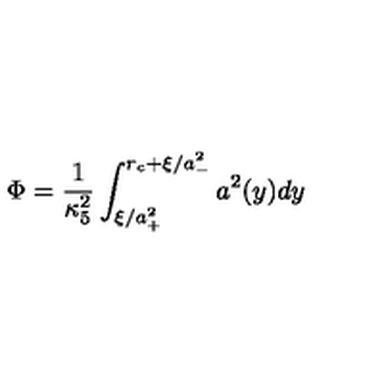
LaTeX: \Phi = \frac { 1 } { \kappa _ { 5 } ^ { 2 } } \int _ { \xi / a _ { + } ^ { 2 } } ^ { r _ { c } + \xi / a _ { - } ^ { 2 } } a ^ { 2 } ( y ) d y